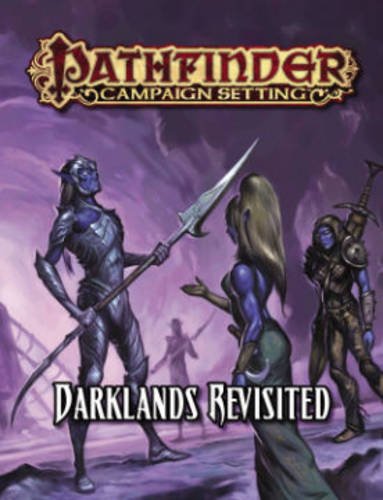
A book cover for Pathfinder Campaign Setting: Darklands Revisited; Paizo Staff; Science Fiction & Fantasy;